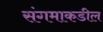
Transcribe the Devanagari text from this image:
संगमाकडील